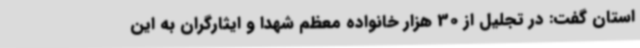
استان گفت: در تجلیل از 30 هزار خانواده معظم شهدا و ایثارگران به این